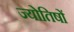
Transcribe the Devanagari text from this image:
ज्योतिषों